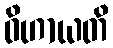
ဝိဟာယတိ